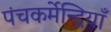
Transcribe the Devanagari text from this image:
पंचकर्मेन्द्रियाँ